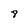
Character: 8